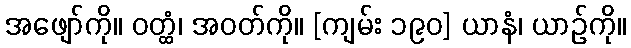
အဖျော်ကို။ ဝတ္ထံ၊ အဝတ်ကို။ [ကျမ်း ၁၉၀] ယာနံ၊ ယာဉ်ကို။